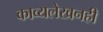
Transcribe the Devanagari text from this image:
काव्यलेखनही